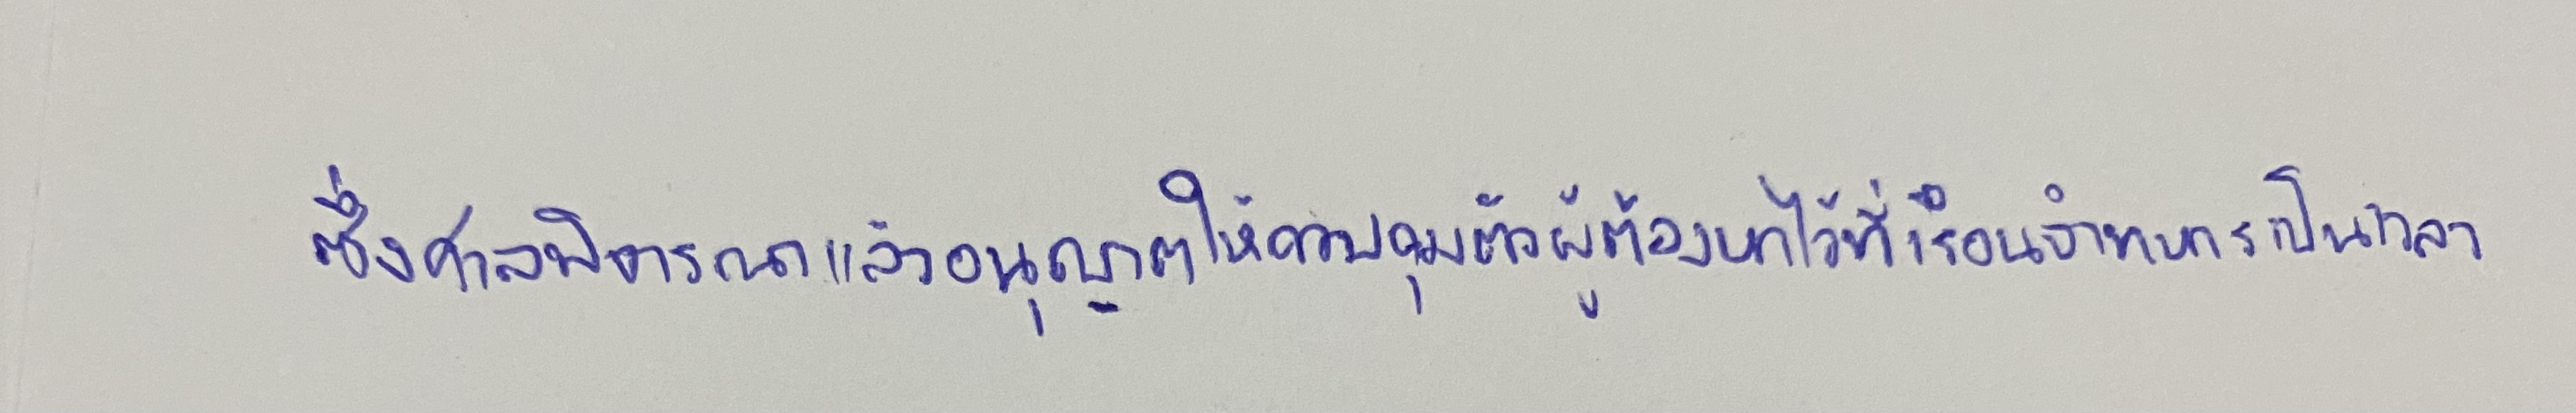
ซึ่งศาลพิจารณาแล้วอนุญาตให้ควบคุมตัวผู้ต้องหาไว้ที่เรือนจำทหารเป็นเวลา